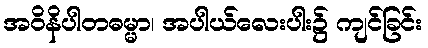
အဝိနိပါတဓမ္မာ၊ အပါယ်လေးပါး၌ ကျင်ခြင်း